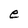
Character: e